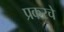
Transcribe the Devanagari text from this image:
प्रकरचे